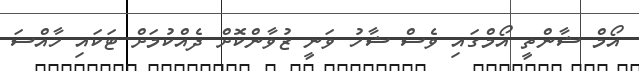
އޯމް ޝާންތީ އޯމްގައި ވެސް ޝާހު ވަނީ ޒުވާންކޮށް ދެއްކުމަށް ޓަކައި ހާއްސަ